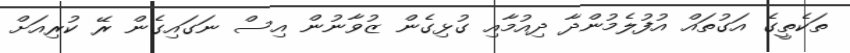
ތަކެތީގެ އަގުތައް އުފުލެމުންދާ ދިއުމާއި ގުޅިގެން ޒުވާނުން އިސް ނަގައިގެން ރޭ ކުރިއަށް